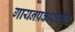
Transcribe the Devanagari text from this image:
गायनप्रकारातील